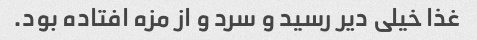
غذا خیلی دیر رسید و سرد و از مزه افتاده بود.